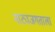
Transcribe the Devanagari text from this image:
नाट्यजगताला